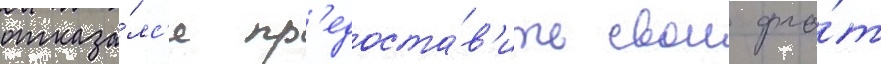
отказа́лс'я пр'едоста́в'ить свои фло́т